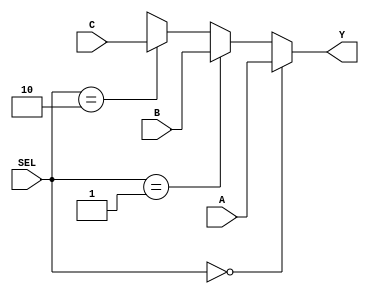
`timescale 1ns / 1ps
module MUX31 (SEL, A, B, C, Y);
    input   [31:0]  A, B, C;
    input   [1:0]   SEL;
    output  [31:0]  Y;

    assign          Y = (SEL == 2'b00)?A:(SEL == 2'b01)?B:(SEL == 2'b10)?C:32'bx;
endmodule